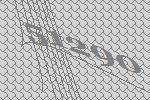
51290